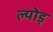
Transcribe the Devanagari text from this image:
ल्योड़